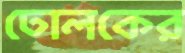
ঢোলকের